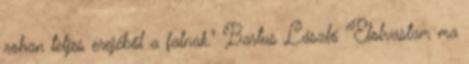
rohan teljes erejéből a falnak." Bartus László "Elolvastam ma